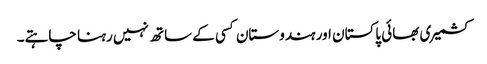
کشمیری بھائی پاکستان اور ہندوستان کسی کے ساتھ نہیں رہنا چاہتے۔